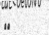
١٤